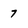
Character: 7